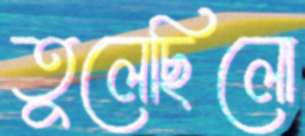
তুলেছিলো